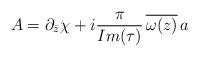
\begin{align*}A=\partial_{\bar{z}}\chi+i {\pi \over Im(\tau)}\,\overline{\omega(z)}\, a\end{align*}